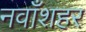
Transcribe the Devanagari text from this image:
नवाँशहर